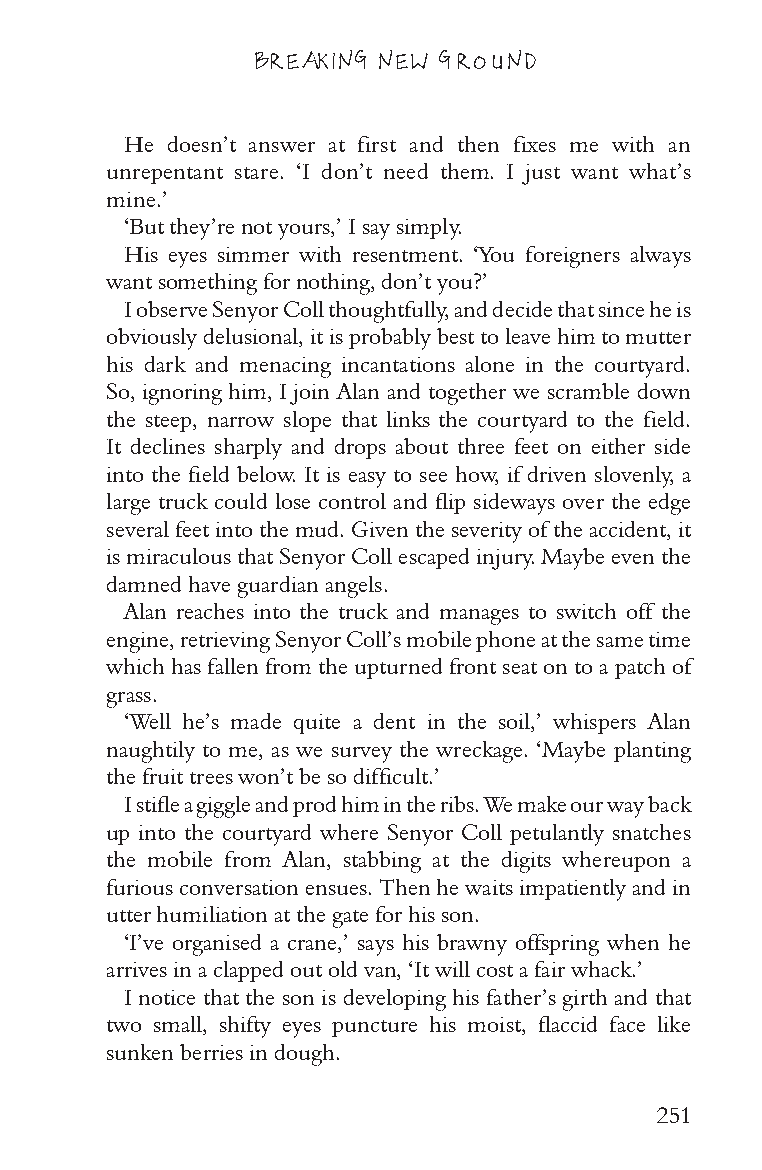
BREAKING NEW GROUND
 He doesn’t answer at first and then fixes me with an
 unrepentant stare. ‘I don’t need them. I just want what’s
 mine.’
 ‘But they’re not yours,’ I say simply.
 His eyes simmer with resentment. ‘You foreigners always
 want something for nothing, don’t you?’
 I observe Senyor Coll thoughtfully, and decide that since he is
 obviously delusional, it is probably best to leave him to mutter
 his dark and menacing incantations alone in the courtyard.
 So, ignoring him, I join Alan and together we scramble down
 the steep, narrow slope that links the courtyard to the field.
 It declines sharply and drops about three feet on either side
 into the field below. It is easy to see how, if driven slovenly, a
 large truck could lose control and flip sideways over the edge
 several feet into the mud. Given the severity of the accident, it
 is miraculous that Senyor Coll escaped injury. Maybe even the
 damned have guardian angels.
 Alan reaches into the truck and manages to switch off the
 engine, retrieving Senyor Coll’s mobile phone at the same time
 which has fallen from the upturned front seat on to a patch of
 grass.
 ‘Well he’s made quite a dent in the soil,’ whispers Alan
 naughtily to me, as we survey the wreckage. ‘Maybe planting
 the fruit trees won’t be so difficult.’
 I stifle a giggle and prod him in the ribs. We make our way back
 up into the courtyard where Senyor Coll petulantly snatches
 the mobile from Alan, stabbing at the digits whereupon a
 furious conversation ensues. Then he waits impatiently and in
 utter humiliation at the gate for his son.
 ‘I’ve organised a crane,’ says his brawny offspring when he
 arrives in a clapped out old van, ‘It will cost a fair whack.’
 I notice that the son is developing his father’s girth and that
 two small, shifty eyes puncture his moist, flaccid face like
 sunken berries in dough.
 251